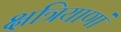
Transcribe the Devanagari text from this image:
क्षत्रियाणां